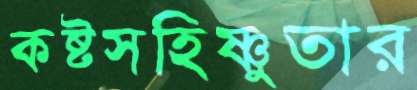
কষ্টসহিষ্ণুতার